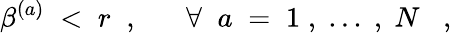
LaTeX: \beta^{(a)}\; <\; r\; \; ,\; \; \; \; \; \; \forall\; \; a\; =\; 1\; ,\; ...\; ,\; N\; \; \; ,